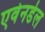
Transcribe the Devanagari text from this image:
एवेनडेल